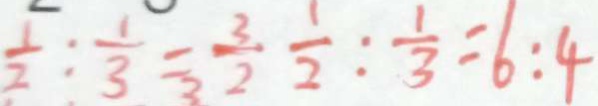
\frac { 1 } { 2 } : \frac { 1 } { 3 } = \frac { 3 } { 2 } \frac { 1 } { 2 } : \frac { 1 } { 3 } = 6 : 4